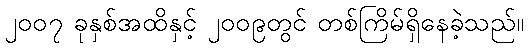
၂၀၀၇ ခုနှစ်အထိနှင့် ၂၀၀၉တွင် တစ်ကြိမ်ရှိနေခဲ့သည်။